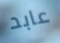
عابد